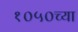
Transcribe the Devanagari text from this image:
१०५०च्या